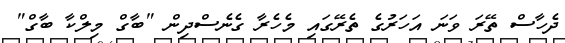
ދެހާސް ތޭރަ ވަނަ އަހަރުގެ ތެރޭގައި މެހެރާ ގެނެސްދިން "ބާގް މިލްކާ ބާގް"